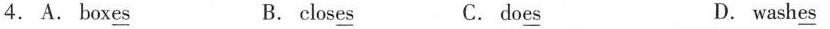
4.A. box\underline{es} B.clos\underline{es} C. do\underline{es} D. wash\underline{es}